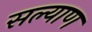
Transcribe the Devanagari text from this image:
सल्याण